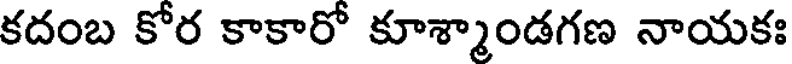
కదంబ కోర కాకారో కూశ్మాండగణ నాయకః